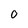
Character: 0